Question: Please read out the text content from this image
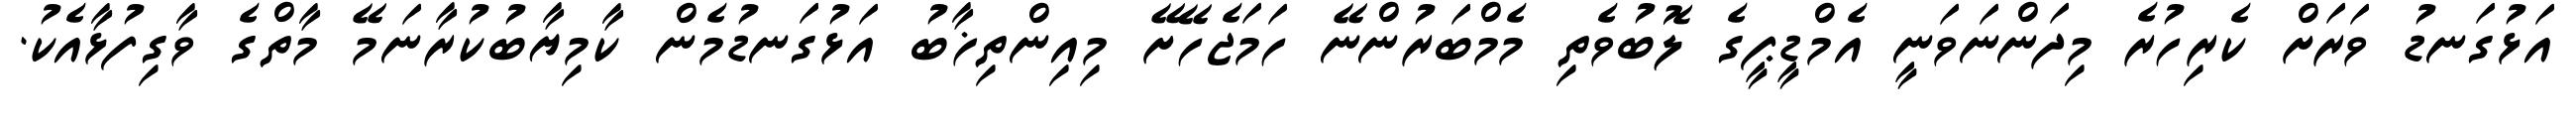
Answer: އަޅުގަނޑު ވަރަށް ކެރިހުރެ މިދަންނަވަނީ އެމްޑީޕީގެ ލޮބުވެތި މެމްބަރުންނޭ ހަމަޖެހޭށޭ މިއިންތިޚާބު އަޅުގަނޑުމެން ކާމިޔާބުކުރާނަމޭ މާތްގެ ވާގިފުޅާއެކު.